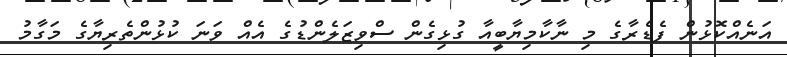
އަނެއްކޮޅުން ފެޑެރާގެ މި ނާކާމިޔާބީއާ ގުޅިގެން ސްވިޒަލެންޑުގެ އެއް ވަނަ ކުޅުންތެރިޔާގެ މަގާމު